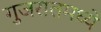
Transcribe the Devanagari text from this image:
गुजरातमघ्ये